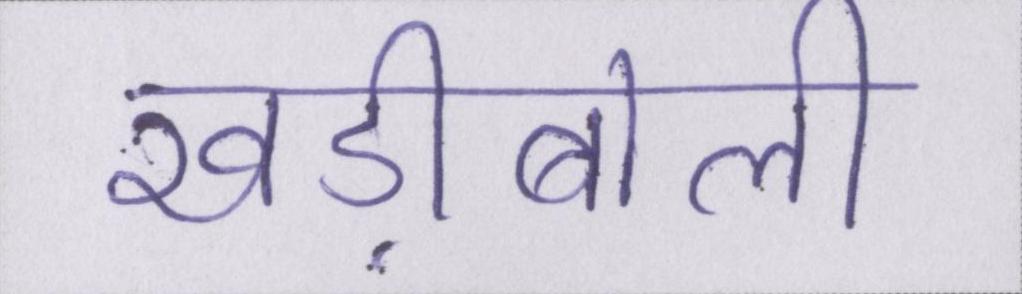
खड़ीबोली